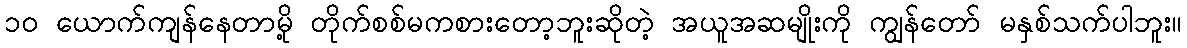
၁၀ ယောက်ကျန်နေတာမို့ တိုက်စစ်မကစားတော့ဘူးဆိုတဲ့ အယူအဆမျိုးကို ကျွန်တော် မနှစ်သက်ပါဘူး။